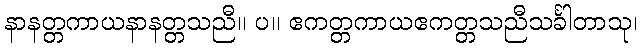
နာနတ္တကာယနာနတ္တသညီ။ ပ။ ဧကတ္တကာယဧကတ္တသညီသင်္ခါတာသု၊